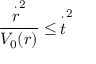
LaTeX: \frac { \stackrel { \cdot } { r } ^ { 2 } } { V _ { 0 } ( r ) } \leq \, \stackrel { \cdot } { t } ^ { 2 }